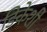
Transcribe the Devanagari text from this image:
डिकेशी